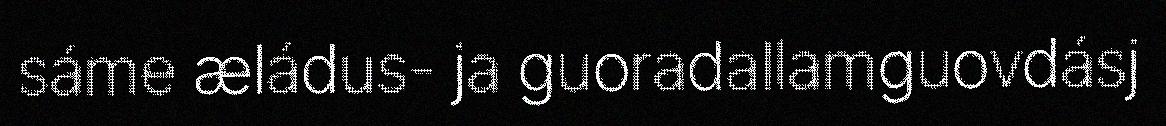
sáme æládus- ja guoradallamguovdásj